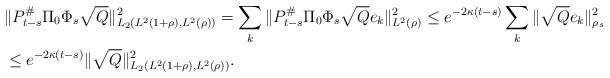
LaTeX: \begin{align*}&\Vert P_{t-s}^\# \Pi_0 \Phi_s \sqrt{Q} \Vert_{L_2(L^2(1+\rho), L^2(\rho))}^2 = \sum_k \Vert P_{t-s}^\# \Pi_0 \Phi_s \sqrt{Q}e_k \Vert_{L^2(\rho)}^2 \leq e^{-2 \kappa (t-s)} \sum_k \Vert \sqrt{Q} e_k \Vert_{\rho_s}^2\\ & \leq e^{-2 \kappa (t-s)} \Vert \sqrt{Q}\Vert_{L_2(L^2(1+\rho), L^2(\rho))}^2.\end{align*}